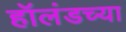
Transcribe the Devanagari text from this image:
हॉलंडच्या